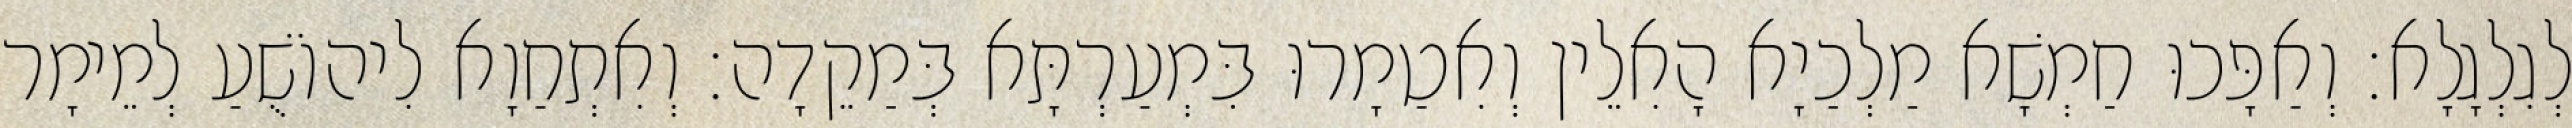
לְגִלְגָלָא׃ וְאַפָּכוּ חַמְשָׁא מַלְכַיָא הָאִלֵין וְאִטַמָרוּ בִּמְעַרְתָּא בְּמַקֵדָה׃ וְאִתְחַוָא לִיהוֹשֻׁעַ לְמֵימָר